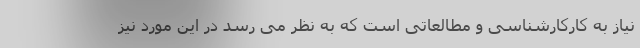
نیاز به کارکارشناسی و مطالعاتی است که به نظر می رسد در این مورد نیز